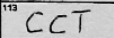
Transcription: CCT